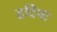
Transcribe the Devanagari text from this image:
हदिया